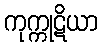
ကုက္ကုဋိယာ